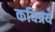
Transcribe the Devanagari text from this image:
कवित्रय